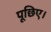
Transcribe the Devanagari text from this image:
पूछिए।